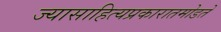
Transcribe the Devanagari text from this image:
ज्यासाहित्यप्रकारातमोडते